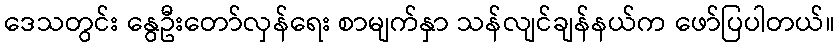
ဒေသတွင်း နွေဦးတော်လှန်ရေး စာမျက်နှာ သန်လျင်ချန်နယ်က ဖော်ပြပါတယ်။